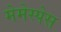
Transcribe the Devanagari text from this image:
मेमेस्पेस